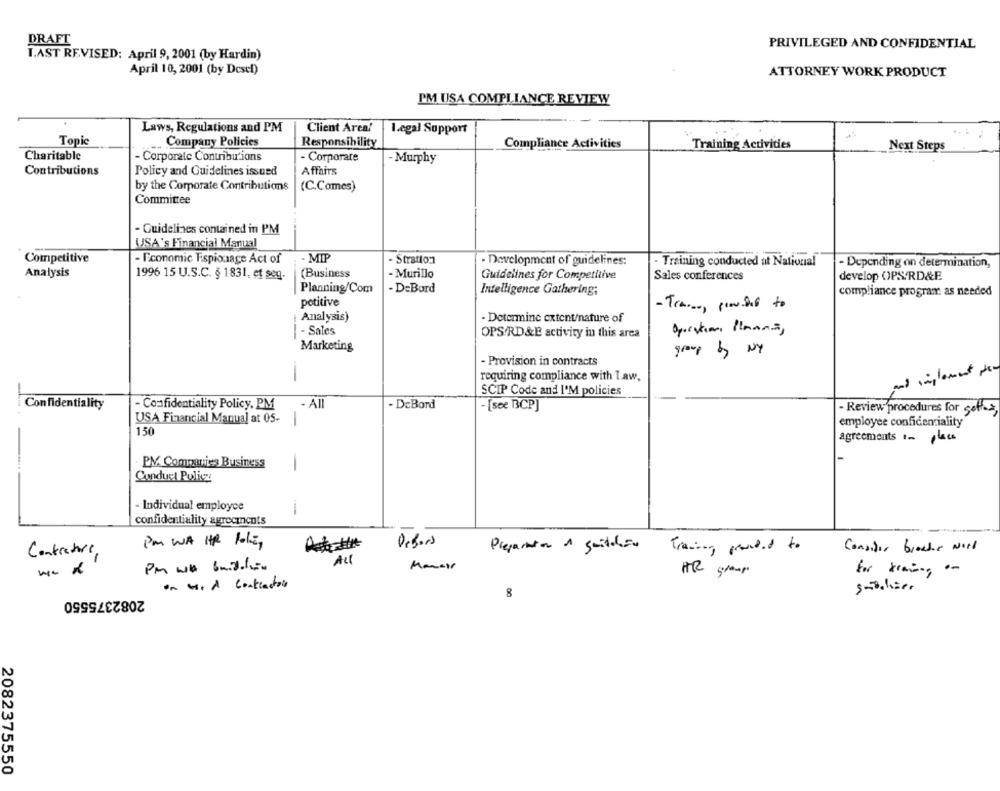
DRAFT
PRIVILEGED AND CONFIDENTIAL
I.AST REVISED: April 9, 2001 (by Hardin)
April 10, 2001 (by Desel)
ATTORNEY WORK PRODUCT
PM USA COMPLIANCE REVIEW
Laws, Regulations and PM
Client Arca!
I.egal Support
Topic
Company Policies
Responsibility
Compliance Activities
Training Activities
Next Steps
Charitable
- Corporate Contributions
- Corporate
- Murphy
Contributions
Policy and Guidelines issued
Affairs
by the Corporate Contributions
(C.Comes)
Committee
- Guidelines contained in PM
USA's Financial Manual
Competitive
- Economic Espionage Act of
- MIP
- Stratton
- Development of guidelines:
Training conducted at National
- Depending on determination,
Analysis
1996 15 U.S.C. § 1831, et seq.
(Business
- Murillo
Guidelines for Competitive
Sales conferences
develop OPS/RD&E
Planning/Com
- D=Bord
Intelligence Gathering;
compliance program as needed
potitive
- Tra ..., proche to
Analysis)
- Determine extent/nature of
- Sales
Operation Planme,
OPS/RD &E activity in this area
Marketing
group by NY
- Provision in contracts
-
requiring compliance with I aw,
and implement per
SCIP Code and I'M policies
Confidentiality
- Confidentiality Policy. PM
- All
- DeBord
- [see BCP]
- Review procedures for getta,
USA Financial Manual at 05-
-
employee confidentiality
150
agreements In place
. PV Companies Business
-
Conduct Policz
Individual employce
confidentiality agrocincots
Pm WA HR Policy
Defors
Contractors,
Preparation & guildsa
Trading prended to
Consider broche Nord
for trains .-
HR group
on wed contractor
2082375550
8
s.lzer
2082375550